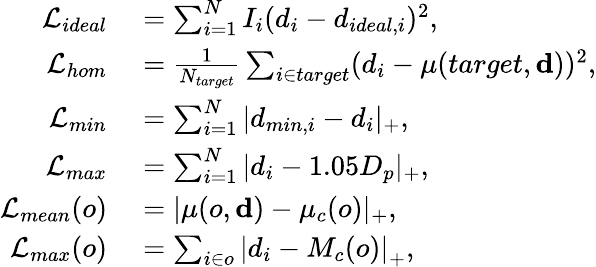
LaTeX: \begin{array}{rl}{\mathcal{L}_{ideal}}&{{}=\sum_{i=1}^{N}I_{i}(d_{i}-d_{ideal,i})^{2},}\\ {\mathcal{L}_{hom}}&{{}=\frac{1}{N_{target}}\sum_{i\in target}(d_{i}-\mu(target,\mathbf{d}))^{2},}\\ {\mathcal{L}_{min}}&{{}=\sum_{i=1}^{N}|d_{min,i}-d_{i}|_{+},}\\ {\mathcal{L}_{max}}&{{}=\sum_{i=1}^{N}|d_{i}-1.05D_{p}|_{+},}\\ {\mathcal{L}_{mean}(o)}&{{}=|\mu(o,\mathbf{d})-\mu_{c}(o)|_{+},}\\ {\mathcal{L}_{max}(o)}&{{}=\sum_{i\in o}\left|d_{i}-M_{c}(o)\right|_{+},}\end{array}